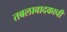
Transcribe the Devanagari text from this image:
तबलावादकाची